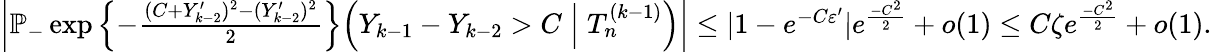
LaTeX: \begin{array}{r}{\left|\mathbb{P}_-\exp\left\{ -\frac{(C+Y_{k-2}^{\prime})^{2}-(Y_{k-2}^{\prime})^{2}}{2}\right\} \! \left(Y_{k-1}-Y_{k-2}>C\; \middle\vert\; T_{n}^{(k-1)}\right)\right|\leq|1-e^{-C\varepsilon^{\prime}}|e^{\frac{-C^{2}}{2}}+o(1)\leq C\zeta e^{\frac{-C^{2}}{2}}+o(1).}\end{array}